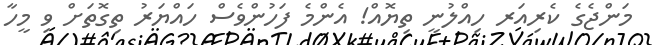
މަންޖެގެ ކެރިއަރ ހިއްލުނީ ތިޔޮއް! އެންމެ ފަހުންވެސް ހައްޔަރު ތިގޮތަށް ވި މީހާ